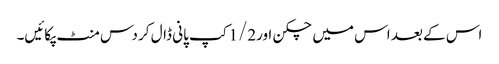
اس کے بعد اس میں چکن اور1/2کپ پانی ڈال کر دس منٹ پکائیں۔